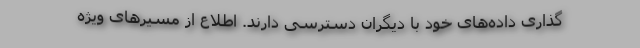
‌گذاری داده‌های خود با دیگران دسترسی دارند. اطلاع از مسیرهای ویژه